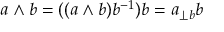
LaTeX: a \wedge b = ( ( a \wedge b ) b ^ { - 1 } ) b = a _ { \perp b } b